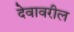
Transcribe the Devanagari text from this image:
देवावरील